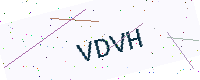
Text: VDVH